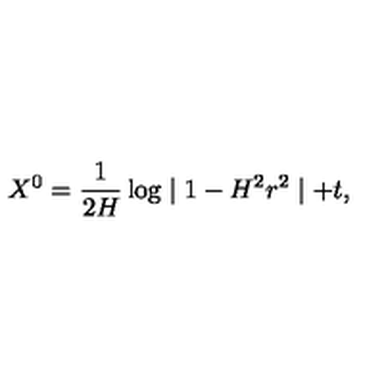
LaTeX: X ^ { 0 } = \frac { 1 } { 2 H } \log \mid 1 - H ^ { 2 } r ^ { 2 } \mid + t ,